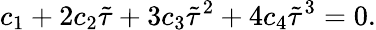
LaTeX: c_{1}+2c_{2}\tilde{\tau}+3c_{3}\tilde{\tau}^{2}+4c_{4}\tilde{\tau}^{3}=0.